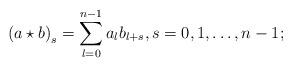
LaTeX: \begin{align*} \left(a\star b\right)_s = \sum_{l=0}^{n-1}a_lb_{l+s}, s=0,1,\ldots,n-1; \end{align*}